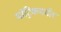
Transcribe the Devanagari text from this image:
मॉट्रिकपर्यंत